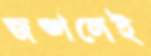
জঙ্গলেই